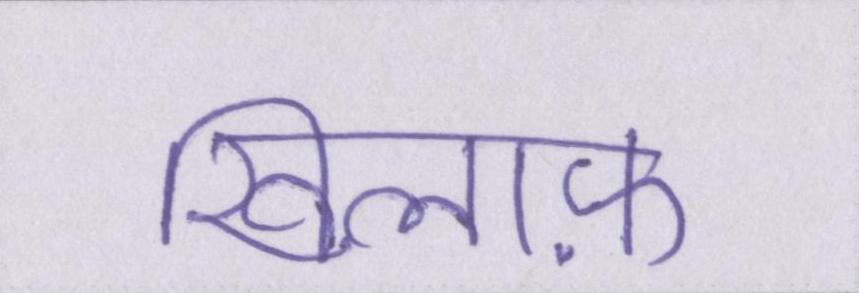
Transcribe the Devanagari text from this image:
खिलाफ़